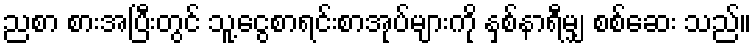
ညစာ စားအပြီးတွင် သူ့ငွေစာရင်းစာအုပ်များကို နှစ်နာရီမျှ စစ်ဆေး သည်။